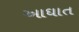
આઘાત